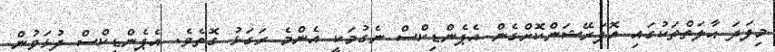
މިފަދަ ޙާލަތްތަކުގައި އޮޕަރޭޝަންކޮށްގެން އެޕެންޑިކްސް ނެގުމަކީ އެންމެ ރަގަޅު ގޮތެވެ. އެޕެންޑީކްސް ދުޅަވުން